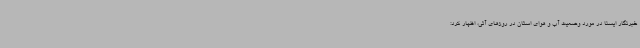
خبرنگار ایسنا در مورد وضعیت آب و هوای استان در روزهای آتی، اظهار کرد: